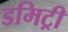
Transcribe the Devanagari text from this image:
डमिट्री